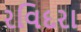
રવિદરા